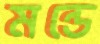
মন্ডে